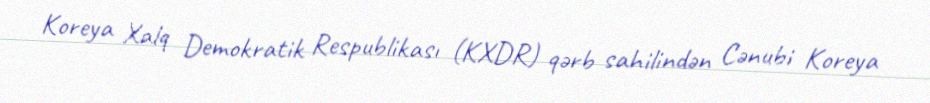
Koreya Xalq Demokratik Respublikası (KXDR) qərb sahilindən Cənubi Koreya